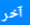
آخر